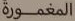
المغمورة